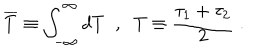
LaTeX: \overline { { { T } } } \equiv \int _ { - \infty } ^ { \infty } d T \; \; , \; \; T \equiv \frac { \tau _ { 1 } + \tau _ { 2 } } 2 \; .